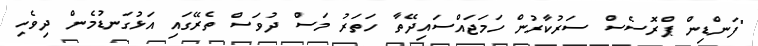
"ފަންޑިން ޕްރޮސެސް ސަރުކާރުން ހަމަޖައްސައިދޭތާ ހަތަރު މަސް ދުވަސް ތެރޭގައި އަޅުގަނޑުމެން ދިވެހި